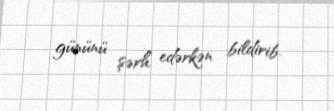
gününü şərh edərkən bildirib.